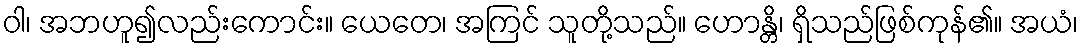
ဝါ၊ အဘဟူ၍လည်းကောင်း။ ယေတေ၊ အကြင် သူတို့သည်။ ဟောန္တိ၊ ရှိသည်ဖြစ်ကုန်၏။ အယံ၊